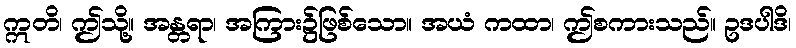
ဣတိ၊ ဤသို့။ အန္တရာ၊ အကြား၌ဖြစ်သော။ အယံ ကထာ၊ ဤစကားသည်။ ဥဒပါဒိ၊